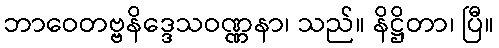
ဘာဝေတဗ္ဗနိဒ္ဒေသဝဏ္ဏနာ၊ သည်။ နိဋ္ဌိတာ၊ ပြီ။